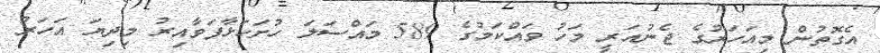
އެގޮތުން މިއަހަރުގެ ޖެނުއަރީ މަހު ވައްކަމުގެ 589 މައްސަލަ ހުށަހަޅާފަވާއިރު މިދިޔަ އަހަރު